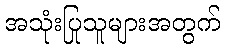
အသုံးပြုသူများအတွက်